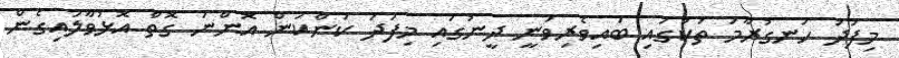
މިފަދަ ހަނގުރާމަ ތަކުގައި ބައިވެރިވަނީ ދީނުގައި މިފަދަ ކަންކަން އޮންނަ ގޮތް އޮޅުވާލައިގެން